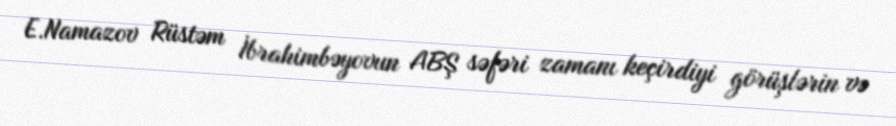
E.Namazov Rüstəm İbrahimbəyovun ABŞ səfəri zamanı keçirdiyi görüşlərin və